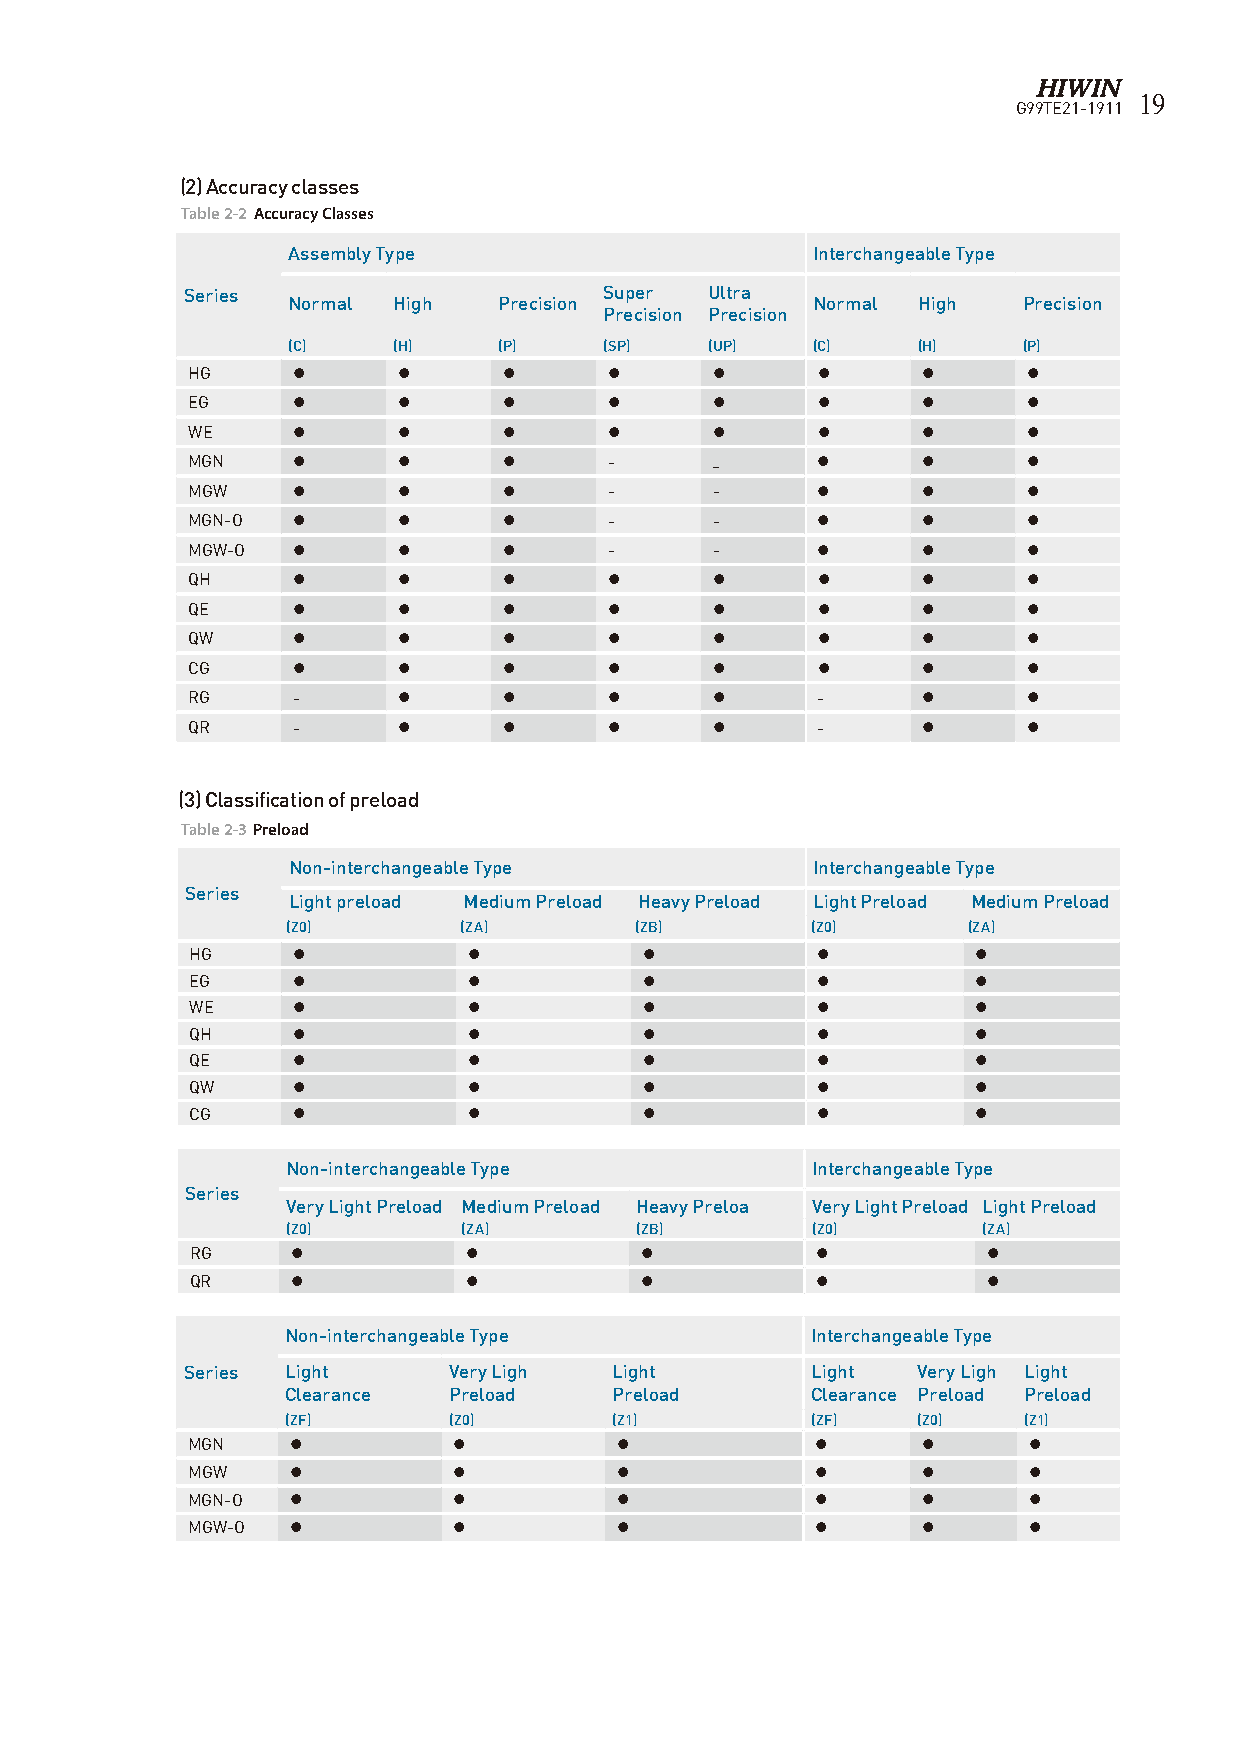
19
 G99TE21-1911
 (2) Accuracy classes
 Table 2-2 Accuracy Classes
 Assembly Type                      Interchangeable Type
 Series                      Super  Ultra
 Normal High   Precision            Normal High   Precision
 Precision Precision
 (C)    (H)    (P)    (SP)   (UP)   (C)    (H)    (P)
 HG     ●      ●      ●      ●      ●      ●      ●      ●
 EG     ●      ●      ●      ●      ●      ●      ●      ●
 WE     ●      ●      ●      ●      ●      ●      ●      ●
 MGN    ●      ●      ●      -      _      ●      ●      ●
 MGW    ●      ●      ●      -      -      ●      ●      ●
 MGN-O  ●      ●      ●      -      -      ●      ●      ●
 MGW-O  ●      ●      ●      -      -      ●      ●      ●
 QH     ●      ●      ●      ●      ●      ●      ●      ●
 QE     ●      ●      ●      ●      ●      ●      ●      ●
 QW     ●      ●      ●      ●      ●      ●      ●      ●
 CG     ●      ●      ●      ●      ●      ●      ●      ●
 RG     -      ●      ●      ●      ●      -      ●      ●
 QR     -      ●      ●      ●      ●      -      ●      ●
 (3) Classification of preload
 Table 2-3 Preload
 Non-interchangeable Type           Interchangeable Type
 Series
 Light preload Medium Preload Heavy Preload Light Preload Medium Preload
 (Z0)       (ZA)        (ZB)        (Z0)      (ZA)
 HG    ●           ●           ●          ●          ●
 EG    ●           ●           ●          ●          ●
 WE    ●           ●           ●          ●          ●
 QH    ●           ●           ●          ●          ●
 QE    ●           ●           ●          ●          ●
 QW    ●           ●           ●          ●          ●
 CG    ●           ●           ●          ●          ●
 Non-interchangeable Type           Interchangeable Type
 Series
 Very Light Preload Medium Preload Heavy Preloa Very Light Preload Light Preload
 (Z0)        (ZA)       (ZB)        (Z0)       (ZA)
 RG    ●           ●          ●           ●          ●
 QR    ●           ●          ●           ●          ●
 Non-interchangeable Type           Interchangeable Type
 Series Light      Very Ligh  Light        Light  Very Ligh Light
 Clearance  Preload    Preload      Clearance Preload Preload
 (ZF)       (Z0)       (Z1)         (ZF)   (Z0)   (Z1)
 MGN    ●          ●          ●            ●      ●      ●
 MGW    ●          ●          ●            ●      ●      ●
 MGN-O  ●          ●          ●            ●      ●      ●
 MGW-O  ●          ●          ●            ●      ●      ●